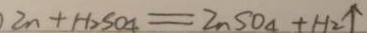
Z n + H _ { 2 } S O _ { 4 } = Z n S O _ { 4 } + H _ { 2 } \uparrow